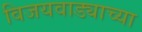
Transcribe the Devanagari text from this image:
विजयवाड्याच्या